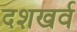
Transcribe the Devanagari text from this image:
दशखर्व